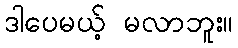
ဒါပေမယ့် မလာဘူး။